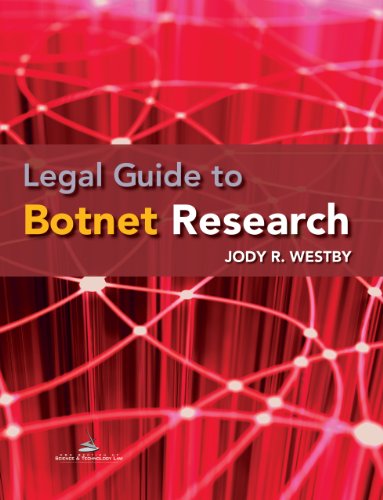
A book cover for Legal Guide to Botnet Research; Jody R. Westby; Computers & Technology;